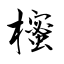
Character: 櫁